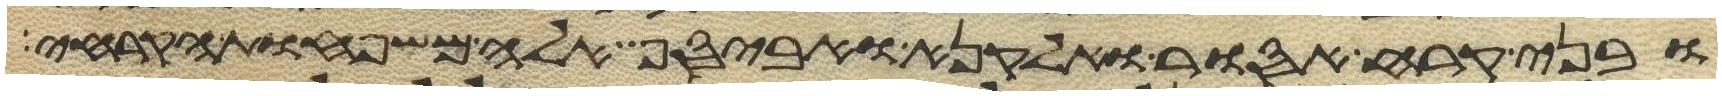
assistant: ובני קרח אסור ואלקנה ואביסף אלה משפחות הקרחי